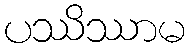
ပဿိဿာမ